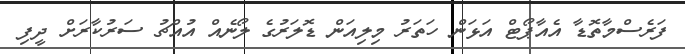
ފަރެސްމާތޮޑާ އެއާޕޯޓް އަޅަން ހަތަރު މިލިއަން ޑޮލަރުގެ ލޯނެއް އުއްޗު ސަރުކާރަށް ދީފި